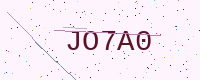
Text: JO7A0